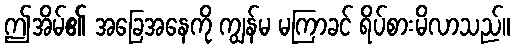
ဤအိမ်၏ အခြေအနေကို ကျွန်မ မကြာခင် ရိပ်စားမိလာသည်။